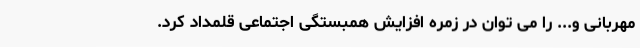
مهربانی و... را می توان در زمره افزایش همبستگی اجتماعی قلمداد کرد.